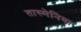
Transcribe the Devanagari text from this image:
तास्मेनिया